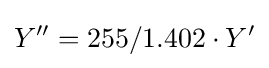
Y^{\prime \prime }={255/1.402}\cdot Y^{\prime }